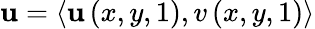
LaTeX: \boldsymbol{\mathbf{u}}=\left<\mathbf{u}\left(x,y,1\right),v\left(x,y,1\right)\right>